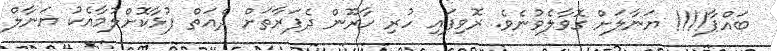
ބައްޕާ!!!! ޔަނާލަށް ގޮވާލެވުނެވެ. ރޮވިފައި ހުރި ހާރޫން ދެފަރާތަށް ދެއަތް ފުޅާކޮށްލުމާއެކު ޔަނާލް